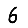
Digit: 6